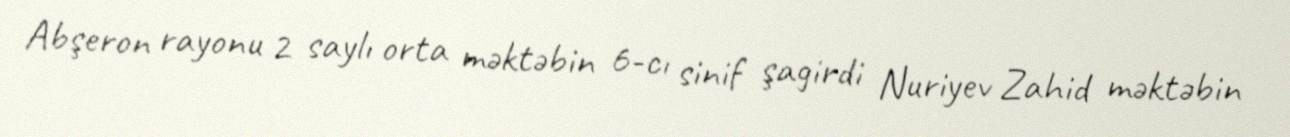
Abşeron rayonu 2 saylı orta məktəbin 6-cı sinif şagirdi Nuriyev Zahid məktəbin